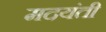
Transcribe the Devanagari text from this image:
मदयंती